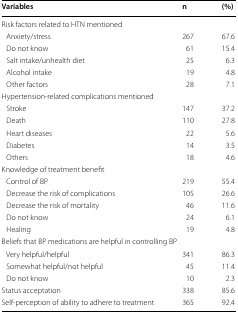
<table><thead><tr><td><b>Variables</b></td><td><b>n</b></td><td><b>(%)</b></td></tr></thead><tbody><tr><td colspan="3">Risk factors related to HTN mentioned</td></tr><tr><td> Anxiety/stress</td><td>267</td><td>67.6</td></tr><tr><td> Do not know</td><td>61</td><td>15.4</td></tr><tr><td> Salt intake/unhealth diet</td><td>25</td><td>6.3</td></tr><tr><td> Alcohol intake</td><td>19</td><td>4.8</td></tr><tr><td> Other factors</td><td>28</td><td>7.1</td></tr><tr><td colspan="3">Hypertension-related complications mentioned</td></tr><tr><td> Stroke</td><td>147</td><td>37.2</td></tr><tr><td> Death</td><td>110</td><td>27.8</td></tr><tr><td> Heart diseases</td><td>22</td><td>5.6</td></tr><tr><td> Diabetes</td><td>14</td><td>3.5</td></tr><tr><td> Others</td><td>18</td><td>4.6</td></tr><tr><td colspan="3">Knowledge of treatment benefit</td></tr><tr><td> Control of BP</td><td>219</td><td>55.4</td></tr><tr><td> Decrease the risk of complications</td><td>105</td><td>26.6</td></tr><tr><td> Decrease the risk of mortality</td><td>46</td><td>11.6</td></tr><tr><td> Do not know</td><td>24</td><td>6.1</td></tr><tr><td> Healing</td><td>19</td><td>4.8</td></tr><tr><td colspan="3">Beliefs that BP medications are helpful in controlling BP</td></tr><tr><td> Very helpful/helpful</td><td>341</td><td>86.3</td></tr><tr><td> Somewhat helpful/not helpful</td><td>45</td><td>11.4</td></tr><tr><td> Do not know</td><td>10</td><td>2.3</td></tr><tr><td>Status acceptation</td><td>338</td><td>85.6</td></tr><tr><td>Self-perception of ability to adhere to treatment</td><td>365</td><td>92.4</td></tr></tbody></table>